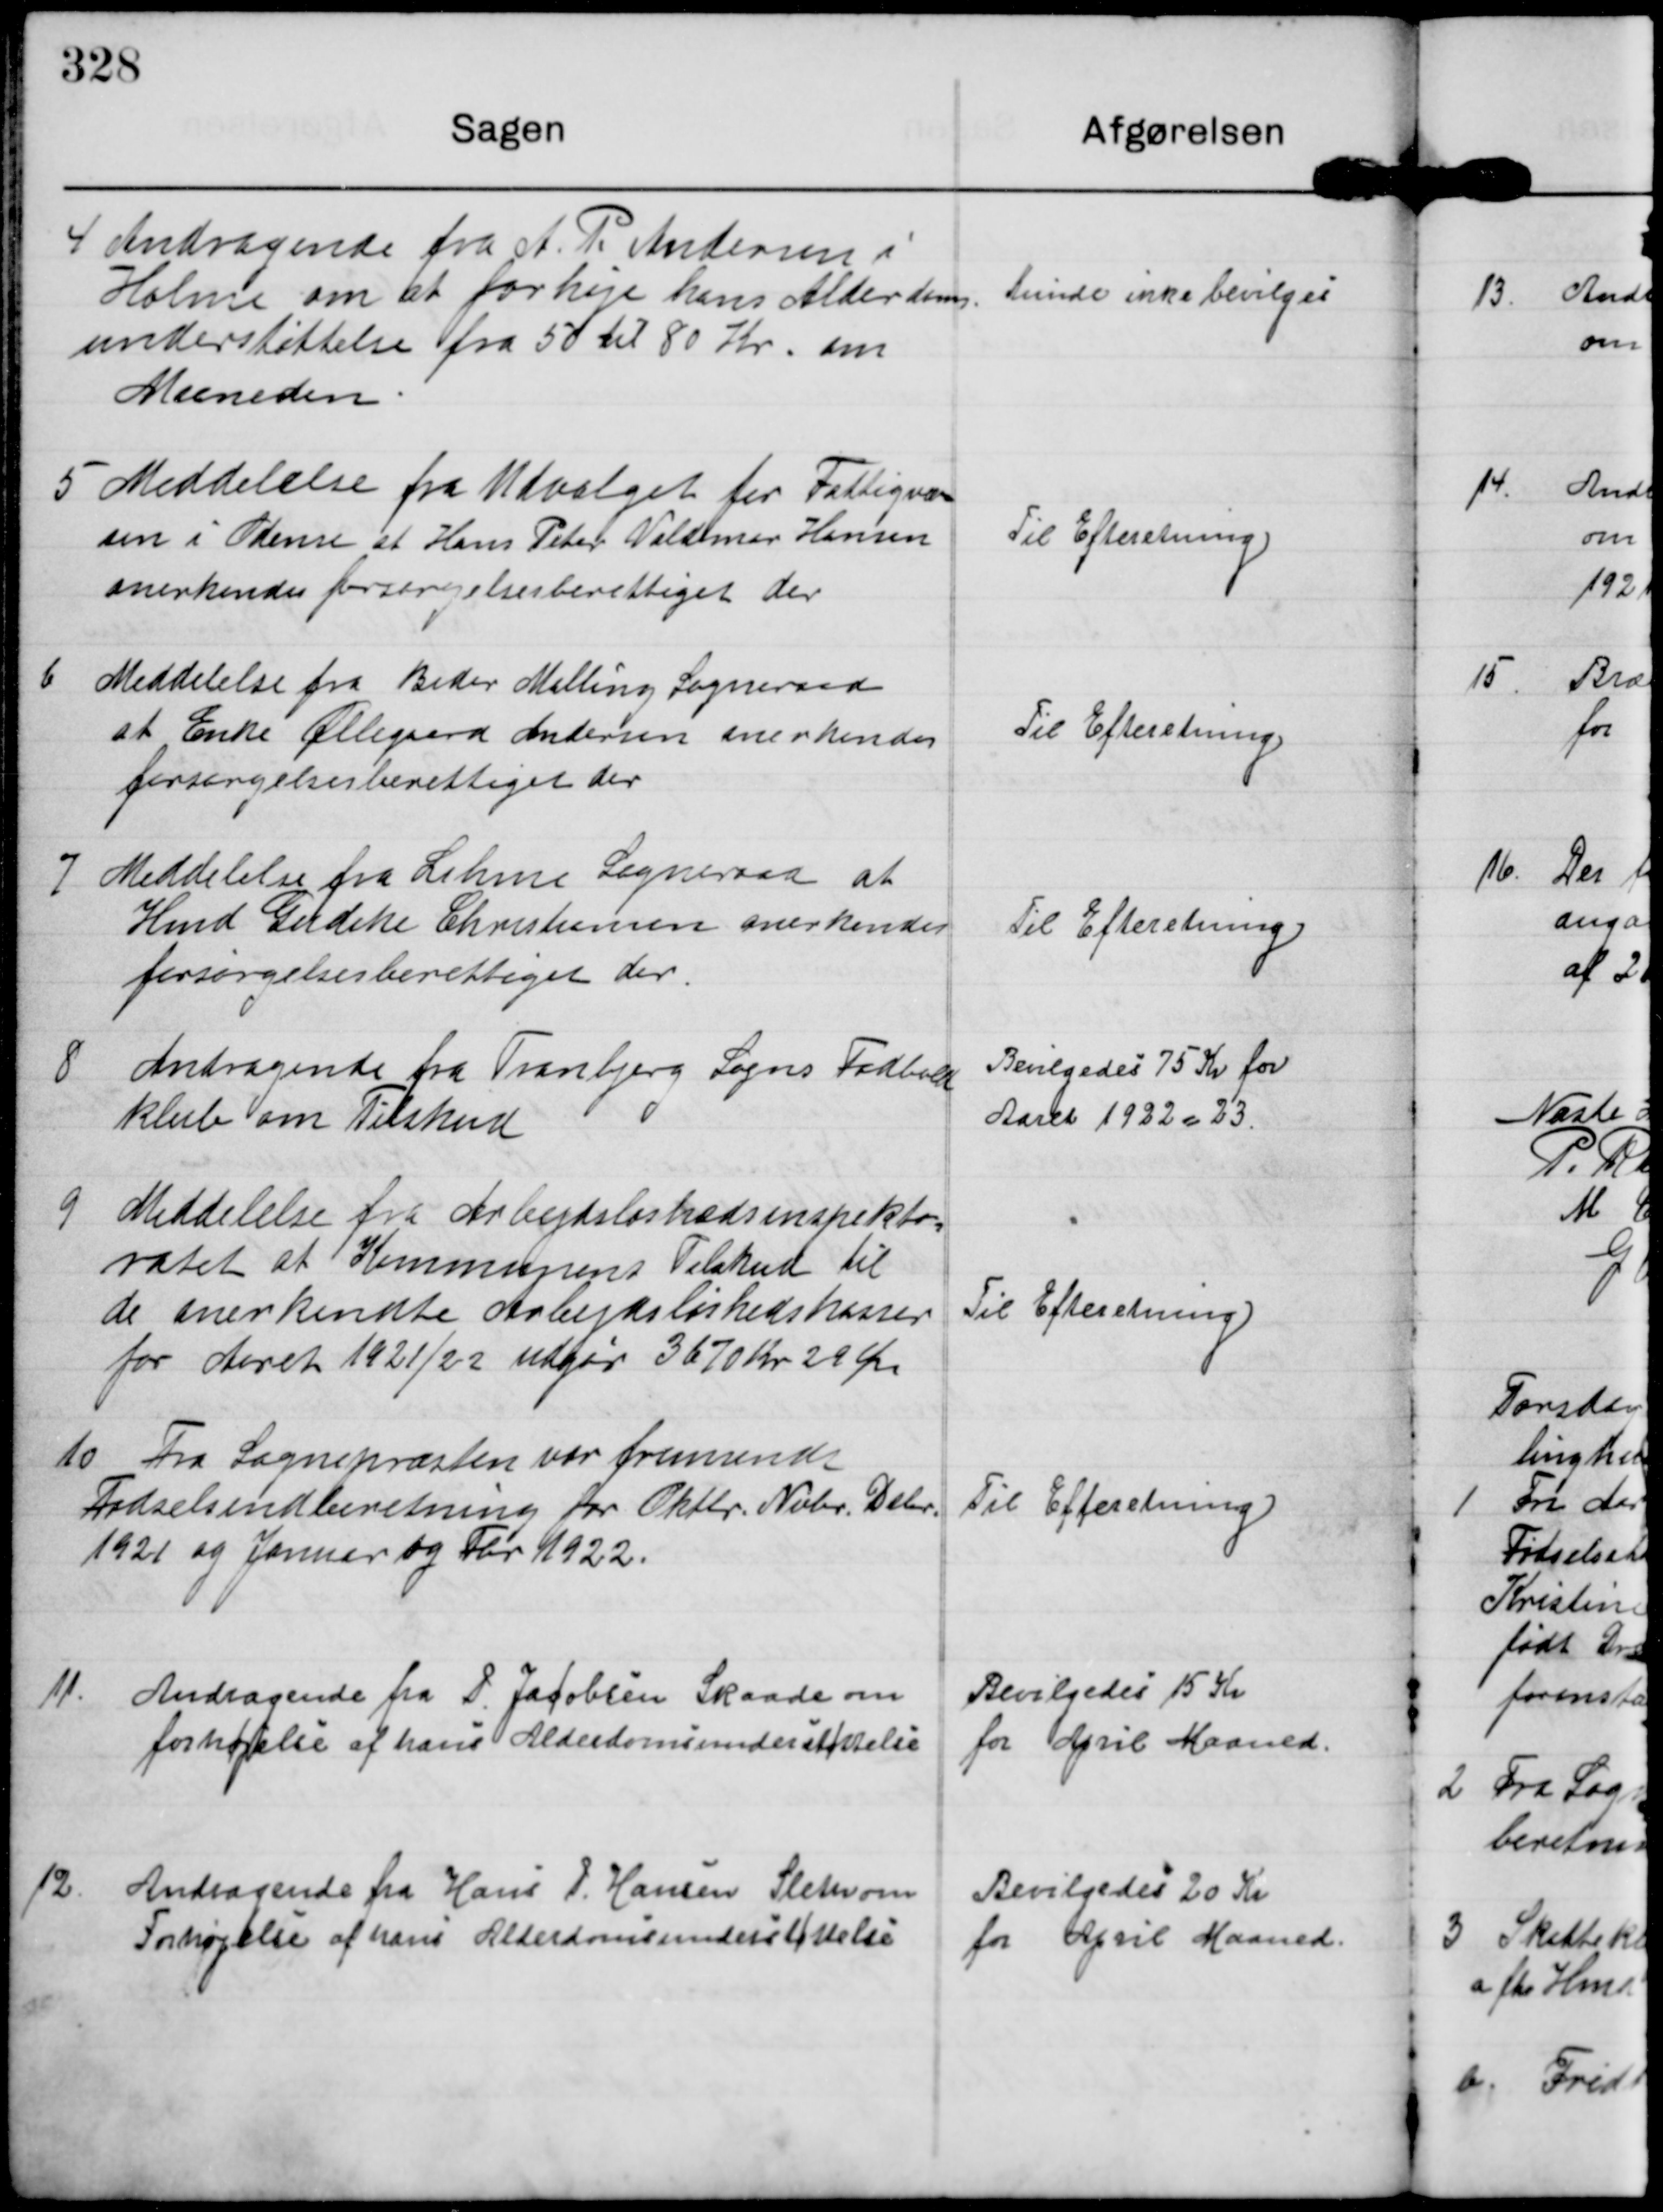
Transskription:
4 Andragende fra A. P. Andersen i
Holme om at forhøje hans Alderdoms-
understøttelse fra 50 til 80 Kr. om
Maaneden.

Kunde ikke bevilges

5 Meddelelse fra Udvalget for Fattigvæ-
sen i Odense af Hans Peter Valdemar Hansen
anerkendes forsørgelsesberettiget der

Til Efteretning.

6 Meddelelse fra Beder Malling Sogneraad
at Enke Øllegaard Andersen anerkendes
forsørgelsesberettiget der

Til Efteretning.

7 Meddelelse fra Lihme Sogneraad at
Hmd Gudike Christensen anerkendes
forsørgelsesberettiget der.

Til Efteretning.

8. Andragende fra Tranbjerg Sogns Fodbold
klub om Tilskud

Bevilgedes 75 Kr for
Aaret 1922-23.

9 Meddelelse fra Arbejdsløshedsinspekto-
ratet at Kommunens Tilskud til
de anerkendte Arbejdsløshedskasser
for Aaret 1921/22 udgør 3670 Kr 29 Øre

Til Efteretning.

10 Fra Sognepræsten var fremsendt
Fødselsindberetning for Oktbr. Nobr. Debr.
1921 og Januar og Fbr 1922.

Til Efteretning.

11. Andragende fra P Jacobsen Skaade om
forhøjelse af hans Alderdomsunderstøttelse

Bevilgedes 15 Kr
for April Maaned.

12. Andragende fra Hans P. Hansen Sleth om
Forhøjelse af hans Alderdomsunderstøtelse

Bevilgedes 20 Kr
for April Maaned.